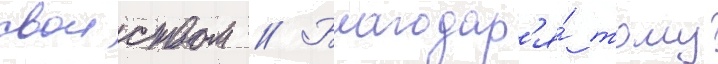
своиством // Благодар'я́ тому